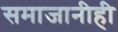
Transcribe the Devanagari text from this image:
समाजानीही